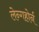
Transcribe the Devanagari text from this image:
लेन्गहोर्न